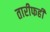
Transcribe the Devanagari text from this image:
तारीफही